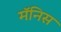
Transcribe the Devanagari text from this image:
मॅनिस